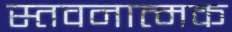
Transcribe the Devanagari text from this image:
स्तवनात्मक